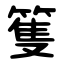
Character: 篗